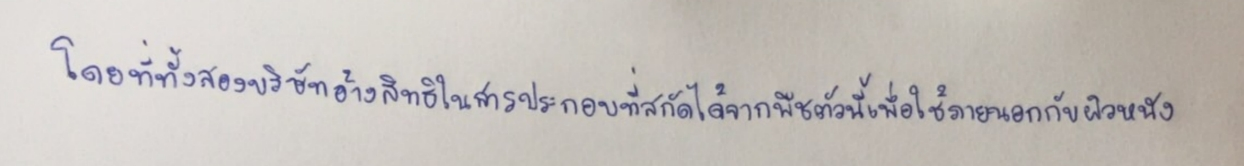
โดยที่ทั้งสองบริษัทอ้างสิทธิในสารประกอบที่สกัดได้จากพืชตัวนี้เพื่อใช้ภายนอกกับผิวหนัง